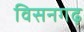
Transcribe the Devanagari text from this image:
विसनगढ़